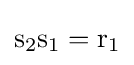
\mathrm {s} _{2}\mathrm {s} _{1}=\mathrm {r} _{1}